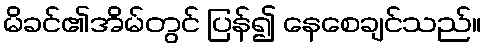
မိခင်၏အိမ်တွင် ပြန်၍ နေစေချင်သည်။